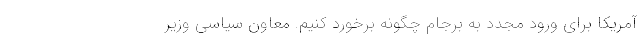
آمریکا برای ورود مجدد به برجام چگونه برخورد کنیم. معاون سیاسی وزیر